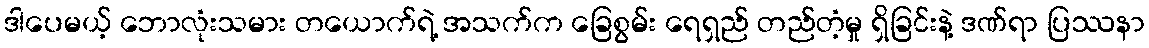
ဒါပေမယ့် ဘောလုံးသမား တယောက်ရဲ့ အသက်က ခြေစွမ်း ရေရှည် တည်တံ့မှု ရှိခြင်းနဲ့ ဒဏ်ရာ ပြဿနာ